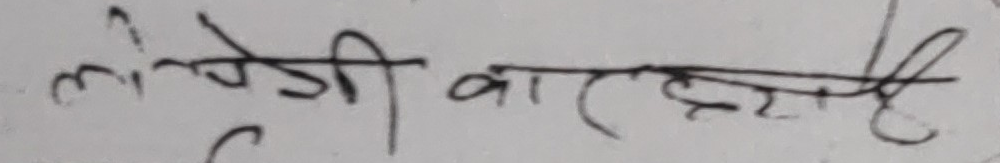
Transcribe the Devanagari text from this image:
लोकेजी वाराही